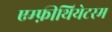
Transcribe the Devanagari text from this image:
एम्फ़ीथियेटरम